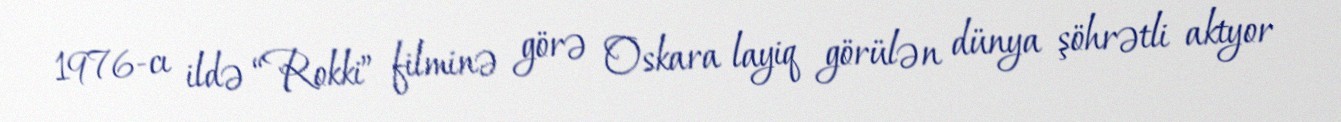
1976-cı ildə “Rokki” filminə görə Oskara layiq görülən dünya şöhrətli aktyor